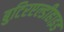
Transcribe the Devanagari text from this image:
बुटिरएल्डीहाइड